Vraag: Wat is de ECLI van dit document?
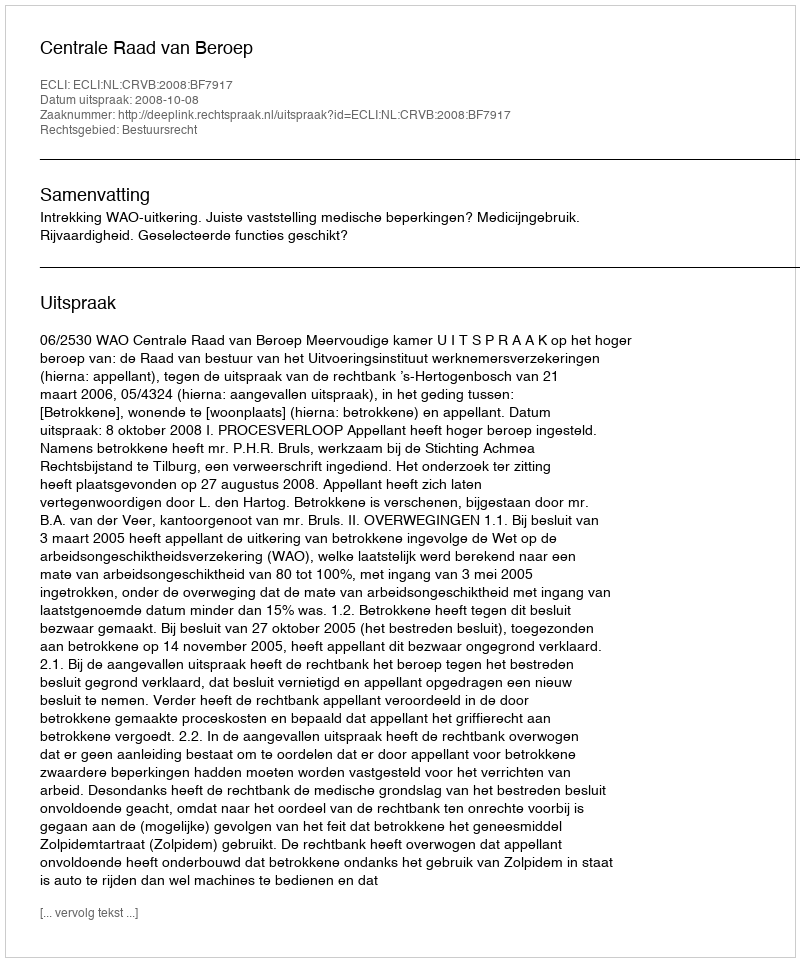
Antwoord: ECLI:NL:CRVB:2008:BF7917